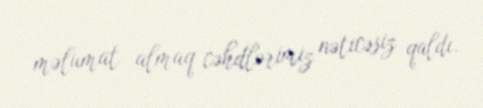
məlumat almaq cəhdlərimiz nəticəsiz qaldı.